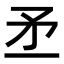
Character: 𥍝